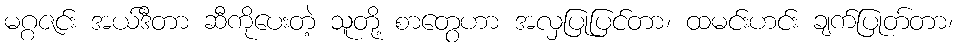
မဂ္ဂဇင်း အယ်ဒီတာ ဆီကိုပေးတဲ့ သူတို့ စာတွေဟာ အလှပြုပြင်တာ၊ ထမင်းဟင်း ချက်ပြုတ်တာ၊